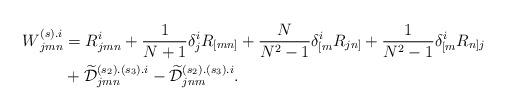
LaTeX: \begin{align*} \aligned W{}^{(s).i}_{jmn}&=R^i_{jmn}+ \frac1{N+1}\delta^i_jR_{[mn]}+ \frac N{N^2-1}\delta^i_{[m}R_{jn]}+ \frac1{N^2-1}\delta^i_{[m}R_{n]j}\\& +\widetilde{\mathcal D}{}^{(s_2).(s_3).i}_{jmn}- \widetilde{\mathcal D}{}^{(s_2).(s_3).i}_{jnm}. \endaligned \end{align*}